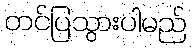
တင်ပြသွားပါမည်